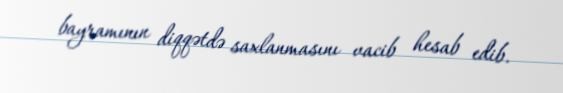
bayramının diqqətdə saxlanmasını vacib hesab edib.